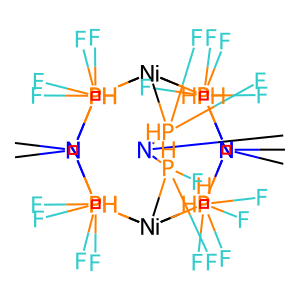
SMILES: CN1[PH](F)(F)[Ni]234[PH](F)(F)N(C)[PH](F)(F)[Ni]([PH]1(F)F)([PH](F)(F)N(C)[PH]2(F)F)([PH](F)(F)N(C)[PH]3(F)F)[PH](F)(F)N(C)[PH]4(F)F
Inhibits HIV replication: No